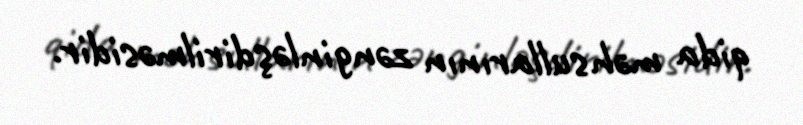
qida məhsullarının zənginləşdirilməsidir.